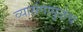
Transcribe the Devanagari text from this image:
व्यासंगामुळेच